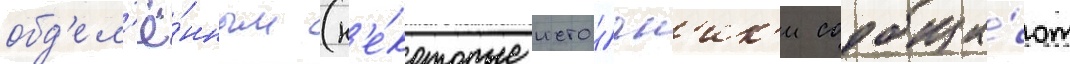
обд'ел'ё́нным (н'е́которые исто́чн'ик'и сообща́ют